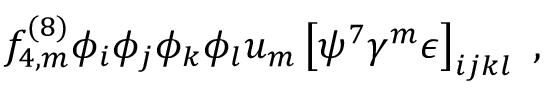
f _ { 4 , m } ^ { ( 8 ) } \phi _ { i } \phi _ { j } \phi _ { k } \phi _ { l } u _ { m } \left[ \psi ^ { 7 } \gamma ^ { m } \epsilon \right] _ { i j k l } \ ,